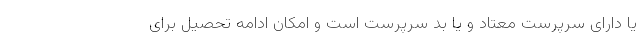
یا دارای سرپرست معتاد و یا بد سرپرست است و امکان ادامه تحصیل برای